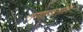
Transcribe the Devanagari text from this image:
तणावतील